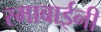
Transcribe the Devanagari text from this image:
रमाबाईनी